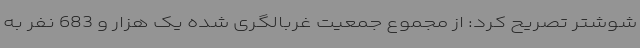
شوشتر تصریح کرد: از مجموع جمعیت غربالگری شده یک هزار و 683 نفر به